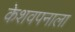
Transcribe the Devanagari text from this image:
केशवपनाला